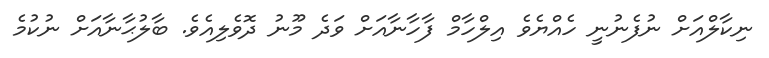
ނިކާލްއަށް ނުފެނުނީ ހެއްޔެވެ އިލްހާމް ފާހާނާއަށް ވަދެ މޫނު ދޮވެލިއެވެ. ބާލުޙާނާއަށް ނުކުމެ